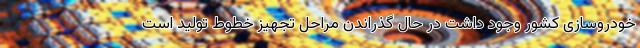
خودروسازی کشور وجود داشت در حال گذراندن مراحل تجهیز خطوط تولید است